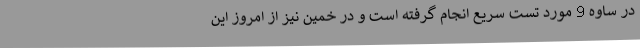
در ساوه 9 مورد تست سریع انجام گرفته است و در خمین نیز از امروز این